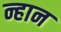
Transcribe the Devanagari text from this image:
न्हान